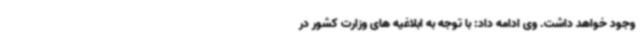
وجود خواهد داشت. وی ادامه داد: با توجه به ابلاغیه های وزارت کشور در